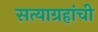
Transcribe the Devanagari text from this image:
सत्याग्रहांची